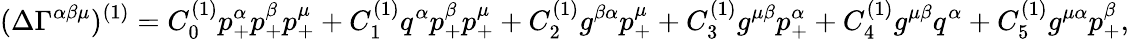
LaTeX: (\Delta\Gamma^{\alpha\beta\mu})^{(1)}=C_{0}^{(1)}p_{+}^{\alpha}p_{+}^{\beta}p_{+}^{\mu}+C_{1}^{(1)}q^{\alpha}p_{+}^{\beta}p_{+}^{\mu}+C_{2}^{(1)}g^{\beta\alpha}p_{+}^{\mu}+C_{3}^{(1)}g^{\mu\beta}p_{+}^{\alpha}+C_{4}^{(1)}g^{\mu\beta}q^{\alpha}+C_{5}^{(1)}g^{\mu\alpha}p_{+}^{\beta},